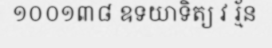
១០០១៣៨ ឧទយាទិត្យ វ រ្ម័ន